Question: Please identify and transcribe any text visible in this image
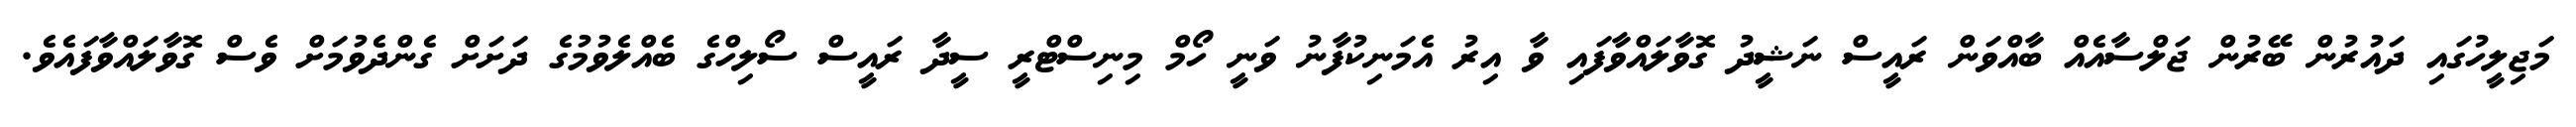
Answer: މަޖިލީހުގައި ދައުރުން ބޭރުން ޖަލްސާއެއް ބާއްވަން ރައީސް ނަޝީދު ގޮވާލައްވާފައި ވާ އިރު އެމަނިކުފާނު ވަނީ ހޯމް މިނިސްޓްރީ ސީދާ ރައީސް ސޯލިހްގެ ބެއްލެވުމުގެ ދަށަށް ގެންދެވުމަށް ވެސް ގޮވާލައްވާފައެވެ.